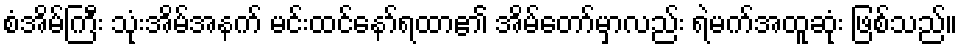
စံအိမ်ကြီး သုံးအိမ်အနက် မင်းထင်နော်ရထာ၏ အိမ်တော်မှာလည်း ရဲမက်အထူဆုံး ဖြစ်သည်။